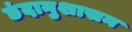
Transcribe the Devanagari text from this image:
छंदानुशासन